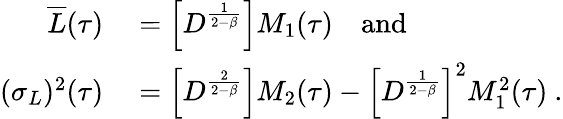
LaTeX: \begin{array}{rl}{\overline{{L}}(\tau)}&{{}=\left[D^{\frac{1}{2-\beta}}\right]M_{1}(\tau)\quad\mathrm{and}}\\ {(\sigma_{L})^{2}(\tau)}&{{}=\left[D^{\frac{2}{2-\beta}}\right]M_{2}(\tau)-\left[D^{\frac{1}{2-\beta}}\right]^{2}M_{1}^{2}(\tau)\ .}\end{array}